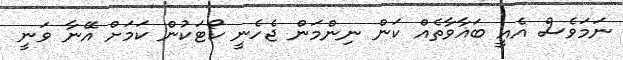
ނަމަވެސް އެއީ ބަޣާވާތެއް ކަން ނިންމަން ޖެހެނީ ކޯޓަކުން ކަމަށް އޭނާ ވަނީ